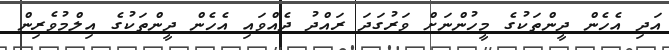
އަދި އެހެން ދީންތަކުގެ މީހުންނަށް ވަރުގަދަ ރައްދު ދެއްވައި އެހެން ދީންތަކުގެ އިލްމުވެރިން